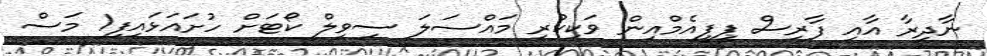
ނާދިރާ އާއި ފާރިސް ޕީޕީއެމްއިން ވަކިކުރި މައްސަލަ ސިވިލް ކޯޓަށް ހުށައަޅައިފި1 މަސް